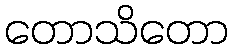
တောသိတော